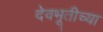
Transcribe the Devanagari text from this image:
देवभूतीच्या